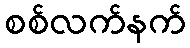
စစ်လက်နက်